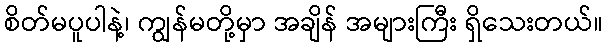
စိတ်မပူပါနဲ့၊ ကျွန်မတို့မှာ အချိန် အများကြီး ရှိသေးတယ်။